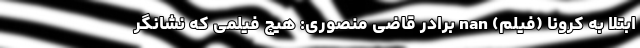
ابتلا به کرونا (فیلم) nan برادر قاضی منصوری: هیچ‌ فیلمی که نشانگر